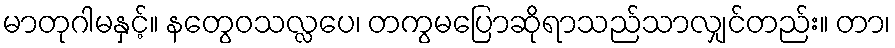
မာတုဂါမနှင့်။ နတွေဝသလ္လပေ၊ တကွမပြောဆိုရာသည်သာလျှင်တည်း။ တာ၊